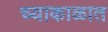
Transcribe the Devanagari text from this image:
च्याकाळात